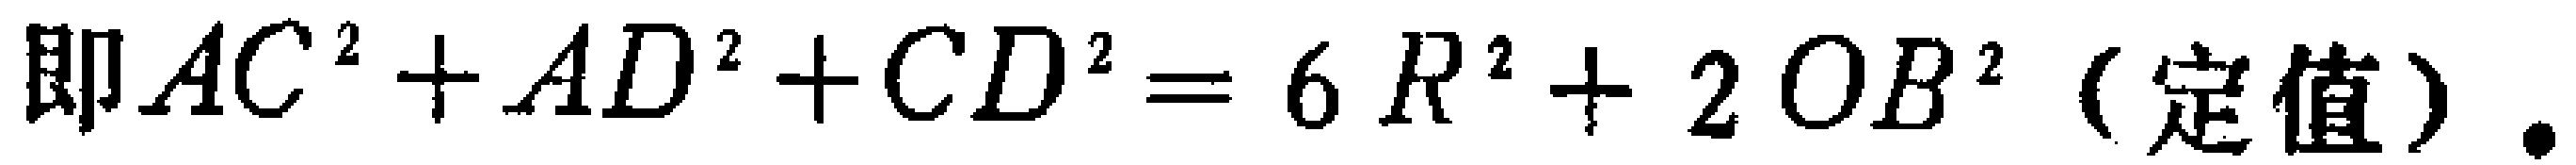
即$AC^{2}+AD^{2}+CD^{2}=6R^{2}+2OB^{2}$（定值）.